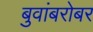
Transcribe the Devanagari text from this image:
बुवांबरोबर